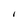
Character: I